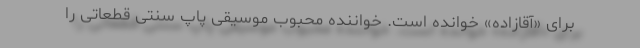
برای «آقازاده» خوانده است. خواننده محبوب موسیقی پاپ سنتی قطعاتی را